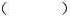
（ ）